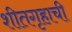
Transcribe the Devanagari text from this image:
शीतगृहाची